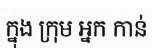
ក្នុង ក្រុម អ្នក កាន់